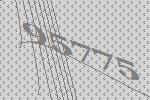
95775